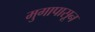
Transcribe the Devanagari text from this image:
मुगापासून